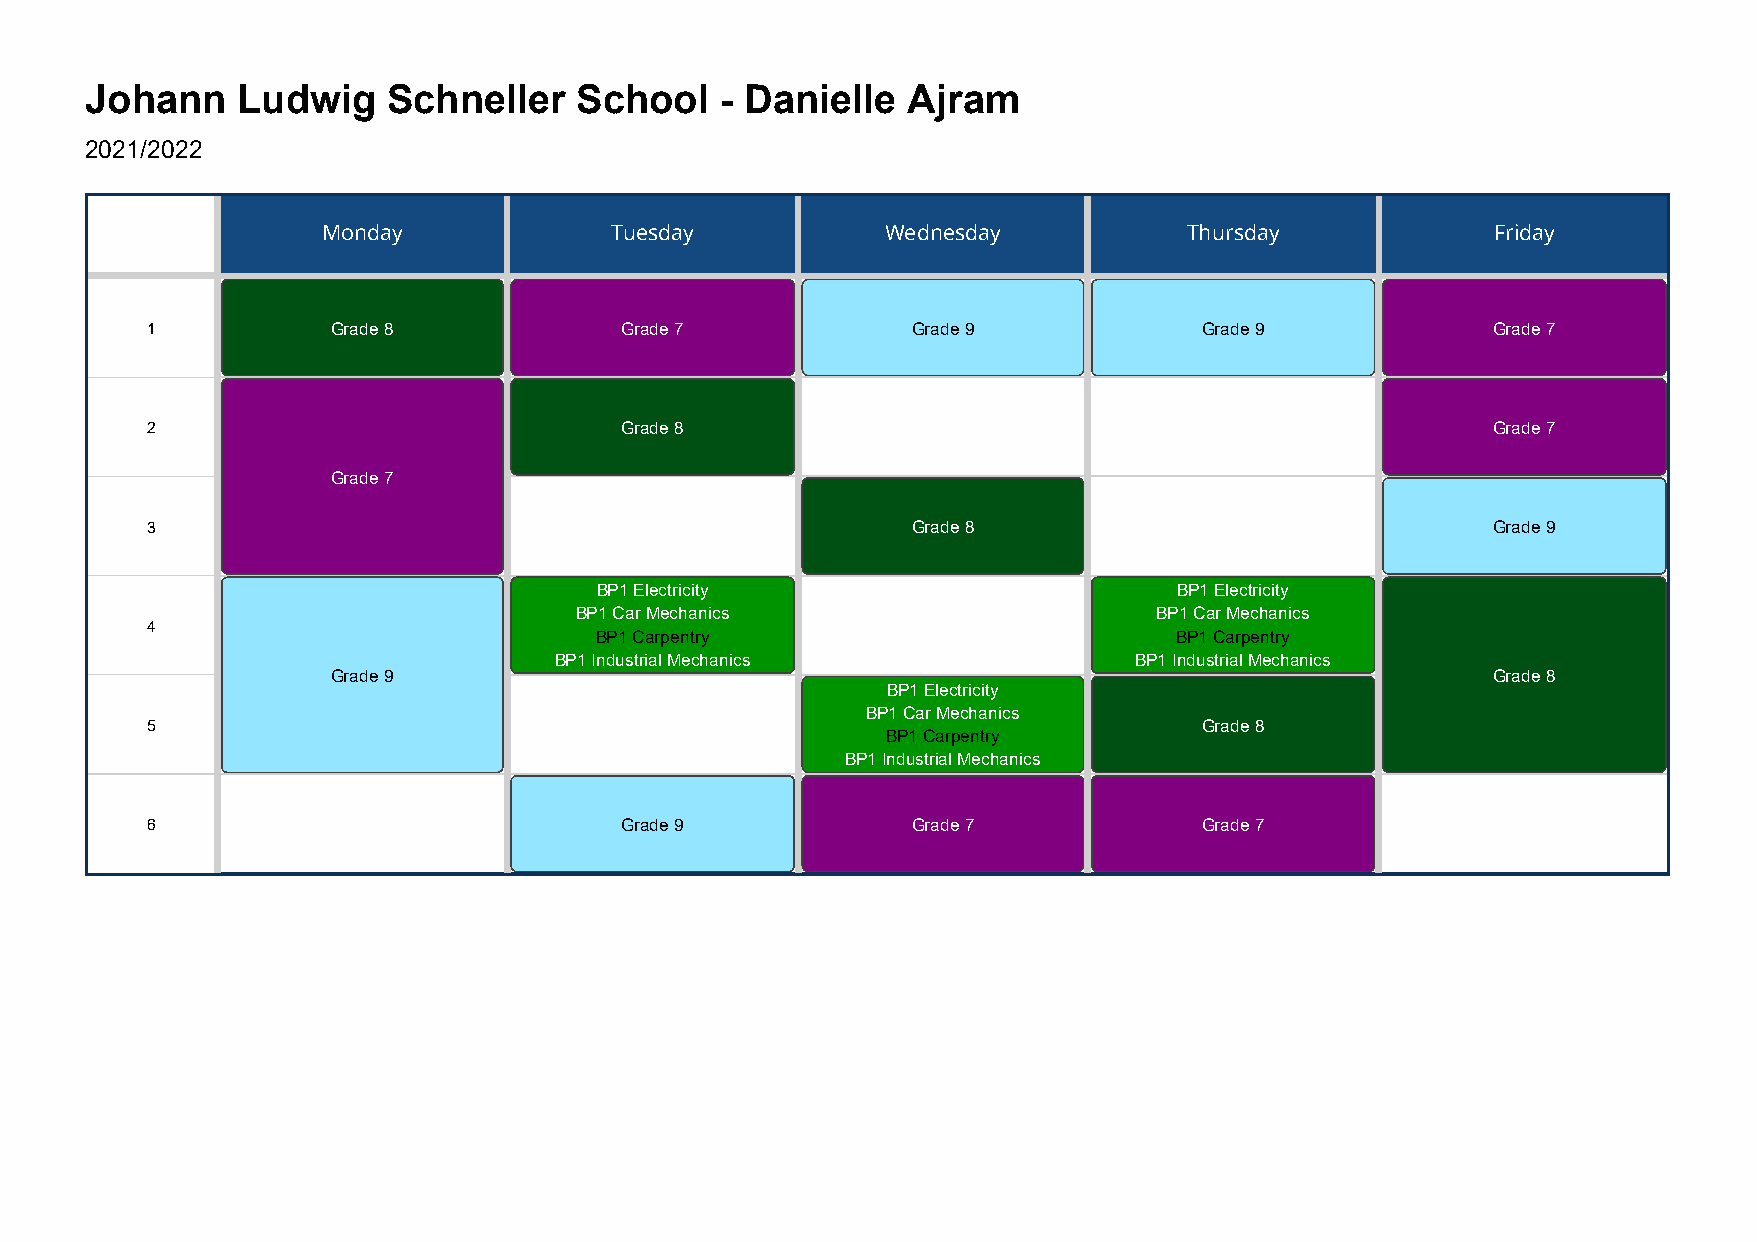
Johann    Ludwig    Schneller   School    - Danielle  Ajram
 2021/2022
 Monday             Tuesday            Wednesday           Thursday            Friday
 1           Grade 8            Grade 7            Grade 9             Grade 9            Grade 7
 2                              Grade 8                                                   Grade 7
 Grade 7
 3                                                 Grade 8                                Grade 9
 BP1 Electricity                        BP1 Electricity
 BP1 Car Mechanics                      BP1 Car Mechanics
 4
 BP1 Carpentry                          BP1 Carpentry
 BP1 Industrial Mechanics              BP1 Industrial Mechanics
 Grade 9                                                                      Grade 8
 BP1 Electricity
 BP1 Car Mechanics
 5                                                                     Grade 8
 BP1 Carpentry
 BP1 Industrial Mechanics
 6                              Grade 9            Grade 7             Grade 7